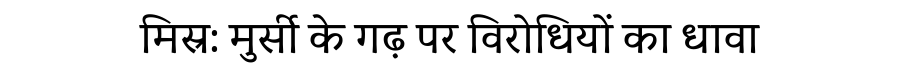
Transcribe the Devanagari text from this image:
मिस्र: मुर्सी के गढ़ पर विरोधियों का धावा